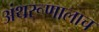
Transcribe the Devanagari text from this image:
अंथरूणालाच